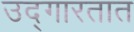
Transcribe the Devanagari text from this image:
उद्‌गारतात